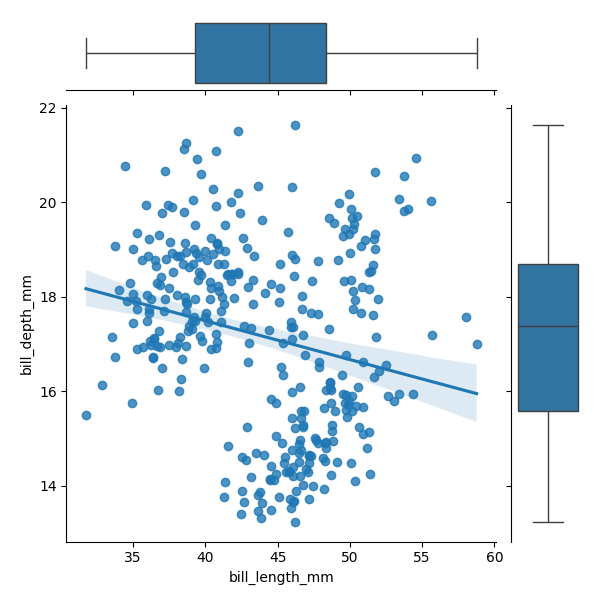
python, seaborn, JointGrid, regplot, boxplot